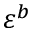
\varepsilon ^ { b }